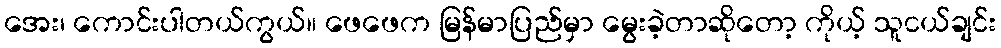
အေး၊ ကောင်းပါတယ်ကွယ်။ ဖေဖေက မြန်မာပြည်မှာ မွေးခဲ့တာဆိုတော့ ကိုယ့် သူငယ်ချင်း